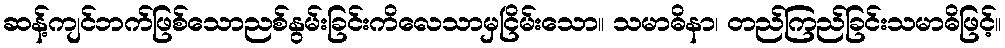
ဆန့်ကျင်ဘက်ဖြစ်သောညစ်နွမ်းခြင်းကိလေသာမှငြိမ်းသော။ သမာဓိနာ၊ တည်ကြည်ခြင်းသမာဓိဖြင့်။